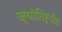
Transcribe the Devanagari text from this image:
ज्योतिर्पीठ